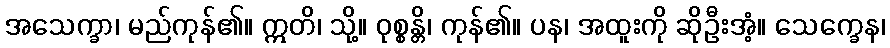
အသေက္ခာ၊ မည်ကုန်၏။ ဣတိ၊ သို့။ ဝုစ္စန္တိ၊ ကုန်၏။ ပန၊ အထူးကို ဆိုဦးအံ့။ သေက္ခေန၊